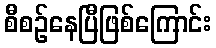
စီစဉ်နေပြီဖြစ်ကြောင်း